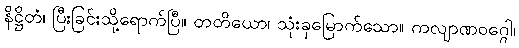
နိဋ္ဌိတံ၊ ပြီးခြင်းသို့ရောက်ပြီ။ တတိယော၊ သုံးခုမြောက်သော။ ကလျာဏဝဂ္ဂေါ၊